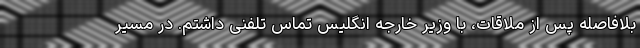
بلافاصله پس از ملاقات، با وزیر خارجه انگلیس تماس تلفنی داشتم. در مسیر